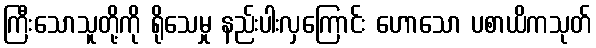
ကြီးသောသူတို့ကို ရိုသေမှု နည်းပါးလှကြောင်း ဟောသော ပစာယိကသုတ်